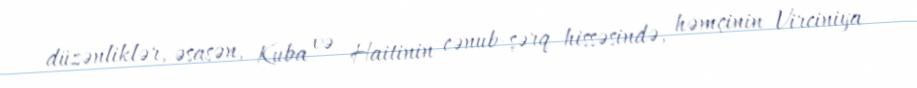
düzənliklər, əsasən, Kuba və Haitinin cənub-şərq hissəsində, həmçinin Virciniya